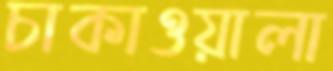
চাকাওয়ালা